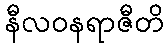
နီလဝနရာဇီတိ